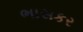
ભાસકર